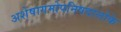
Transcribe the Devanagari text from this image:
अशेषागमोपनिषदालोके